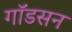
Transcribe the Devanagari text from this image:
गॉडसन